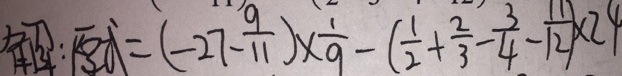
解 : 原 式 = ( - 2 7 - \frac { 9 } { 1 1 } ) \times \frac { 1 } { 9 } - ( \frac { 1 } { 2 } + \frac { 2 } { 3 } - \frac { 3 } { 4 } - \frac { 1 1 } { 1 2 } ) \times 2 4